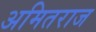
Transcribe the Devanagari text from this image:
अमितराज